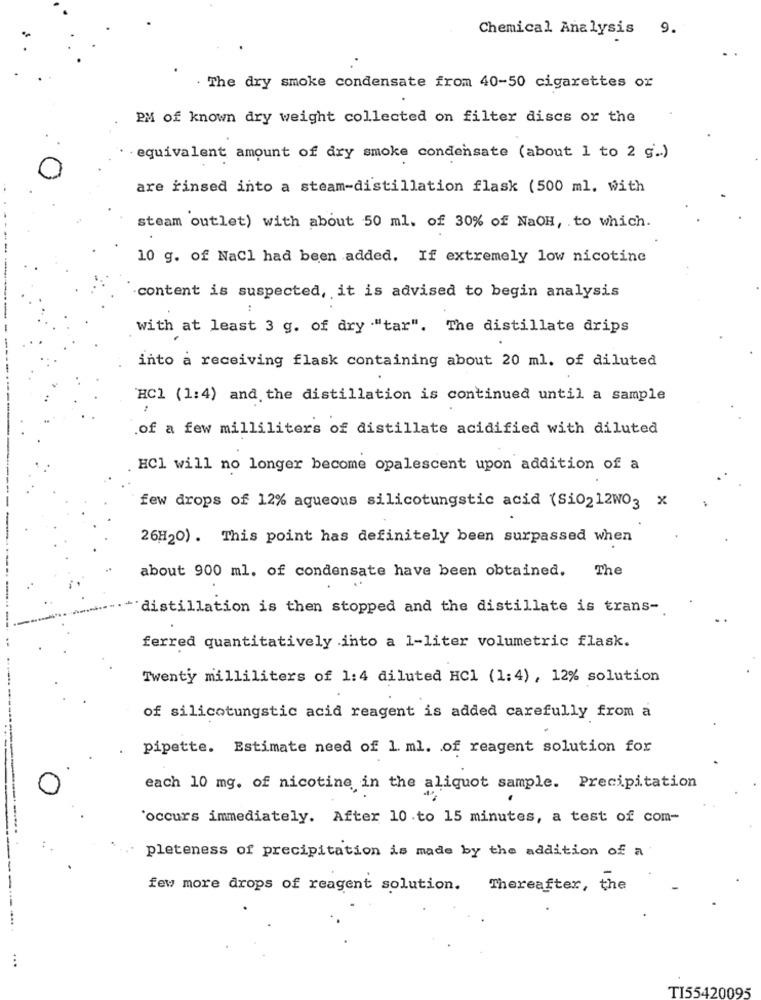
Chemical Analysis 9.
. The dry smoke condensate from 40-50 cigarettes ox
PM of known dry weight collected on filter discs or the
equivalent amount of dry smoke condensate (about 1 to 2 g .. )
are rinsed into a steam-distillation flask (500 ml. with
steam outlet) with about 50 ml. of 30% of NaOH, to which.
10 g. of NaCl had been added. If extremely low nicotine
-content is suspected, it is advised to begin analysis
with at least 3 g. of dry ."tar". The distillate drips
into a receiving flask containing about 20 ml. of diluted
HC1 (1:4) and the distillation is continued until a sample
.of a few milliliters of distillate acidified with diluted
HCl will no longer become opalescent upon addition of a
few drops of 12% aqueous silicotungstic acid (Si0212WO3 x
26H20) . This point has definitely been surpassed when
about 900 ml. of condensate have been obtained.
The
distillation is then stopped and the distillate is trans-
ferred quantitatively into a 1-liter volumetric flask.
Twenty milliliters of 1:4 diluted HC1 (1:4) , 12% solution
of silicotungstic acid reagent is added carefully from a
pipette. Estimate need of 1. ml. of reagent solution for
each 10 mg. of nicotine in the aliquot sample. Precipitation
'occurs immediately. After 10 .to 15 minutes, a test of com-
pleteness of precipitation is made by the addition of a
few more drops of reagent solution. Thereafter, the
TI55420095